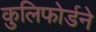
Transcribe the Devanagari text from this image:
कुलिफोर्डने